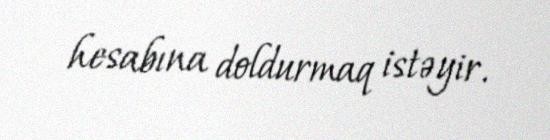
hesabına doldurmaq istəyir.